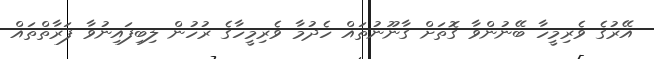
އޭރުގެ ވެރިމީހާ ބޭނުންވާ ގޮތަށް ގާނޫނުތައް ހެދުމާ ވެރިމީހާގެ ރުހުން ލިބިފައިނުވާ ފަރާތްތައް